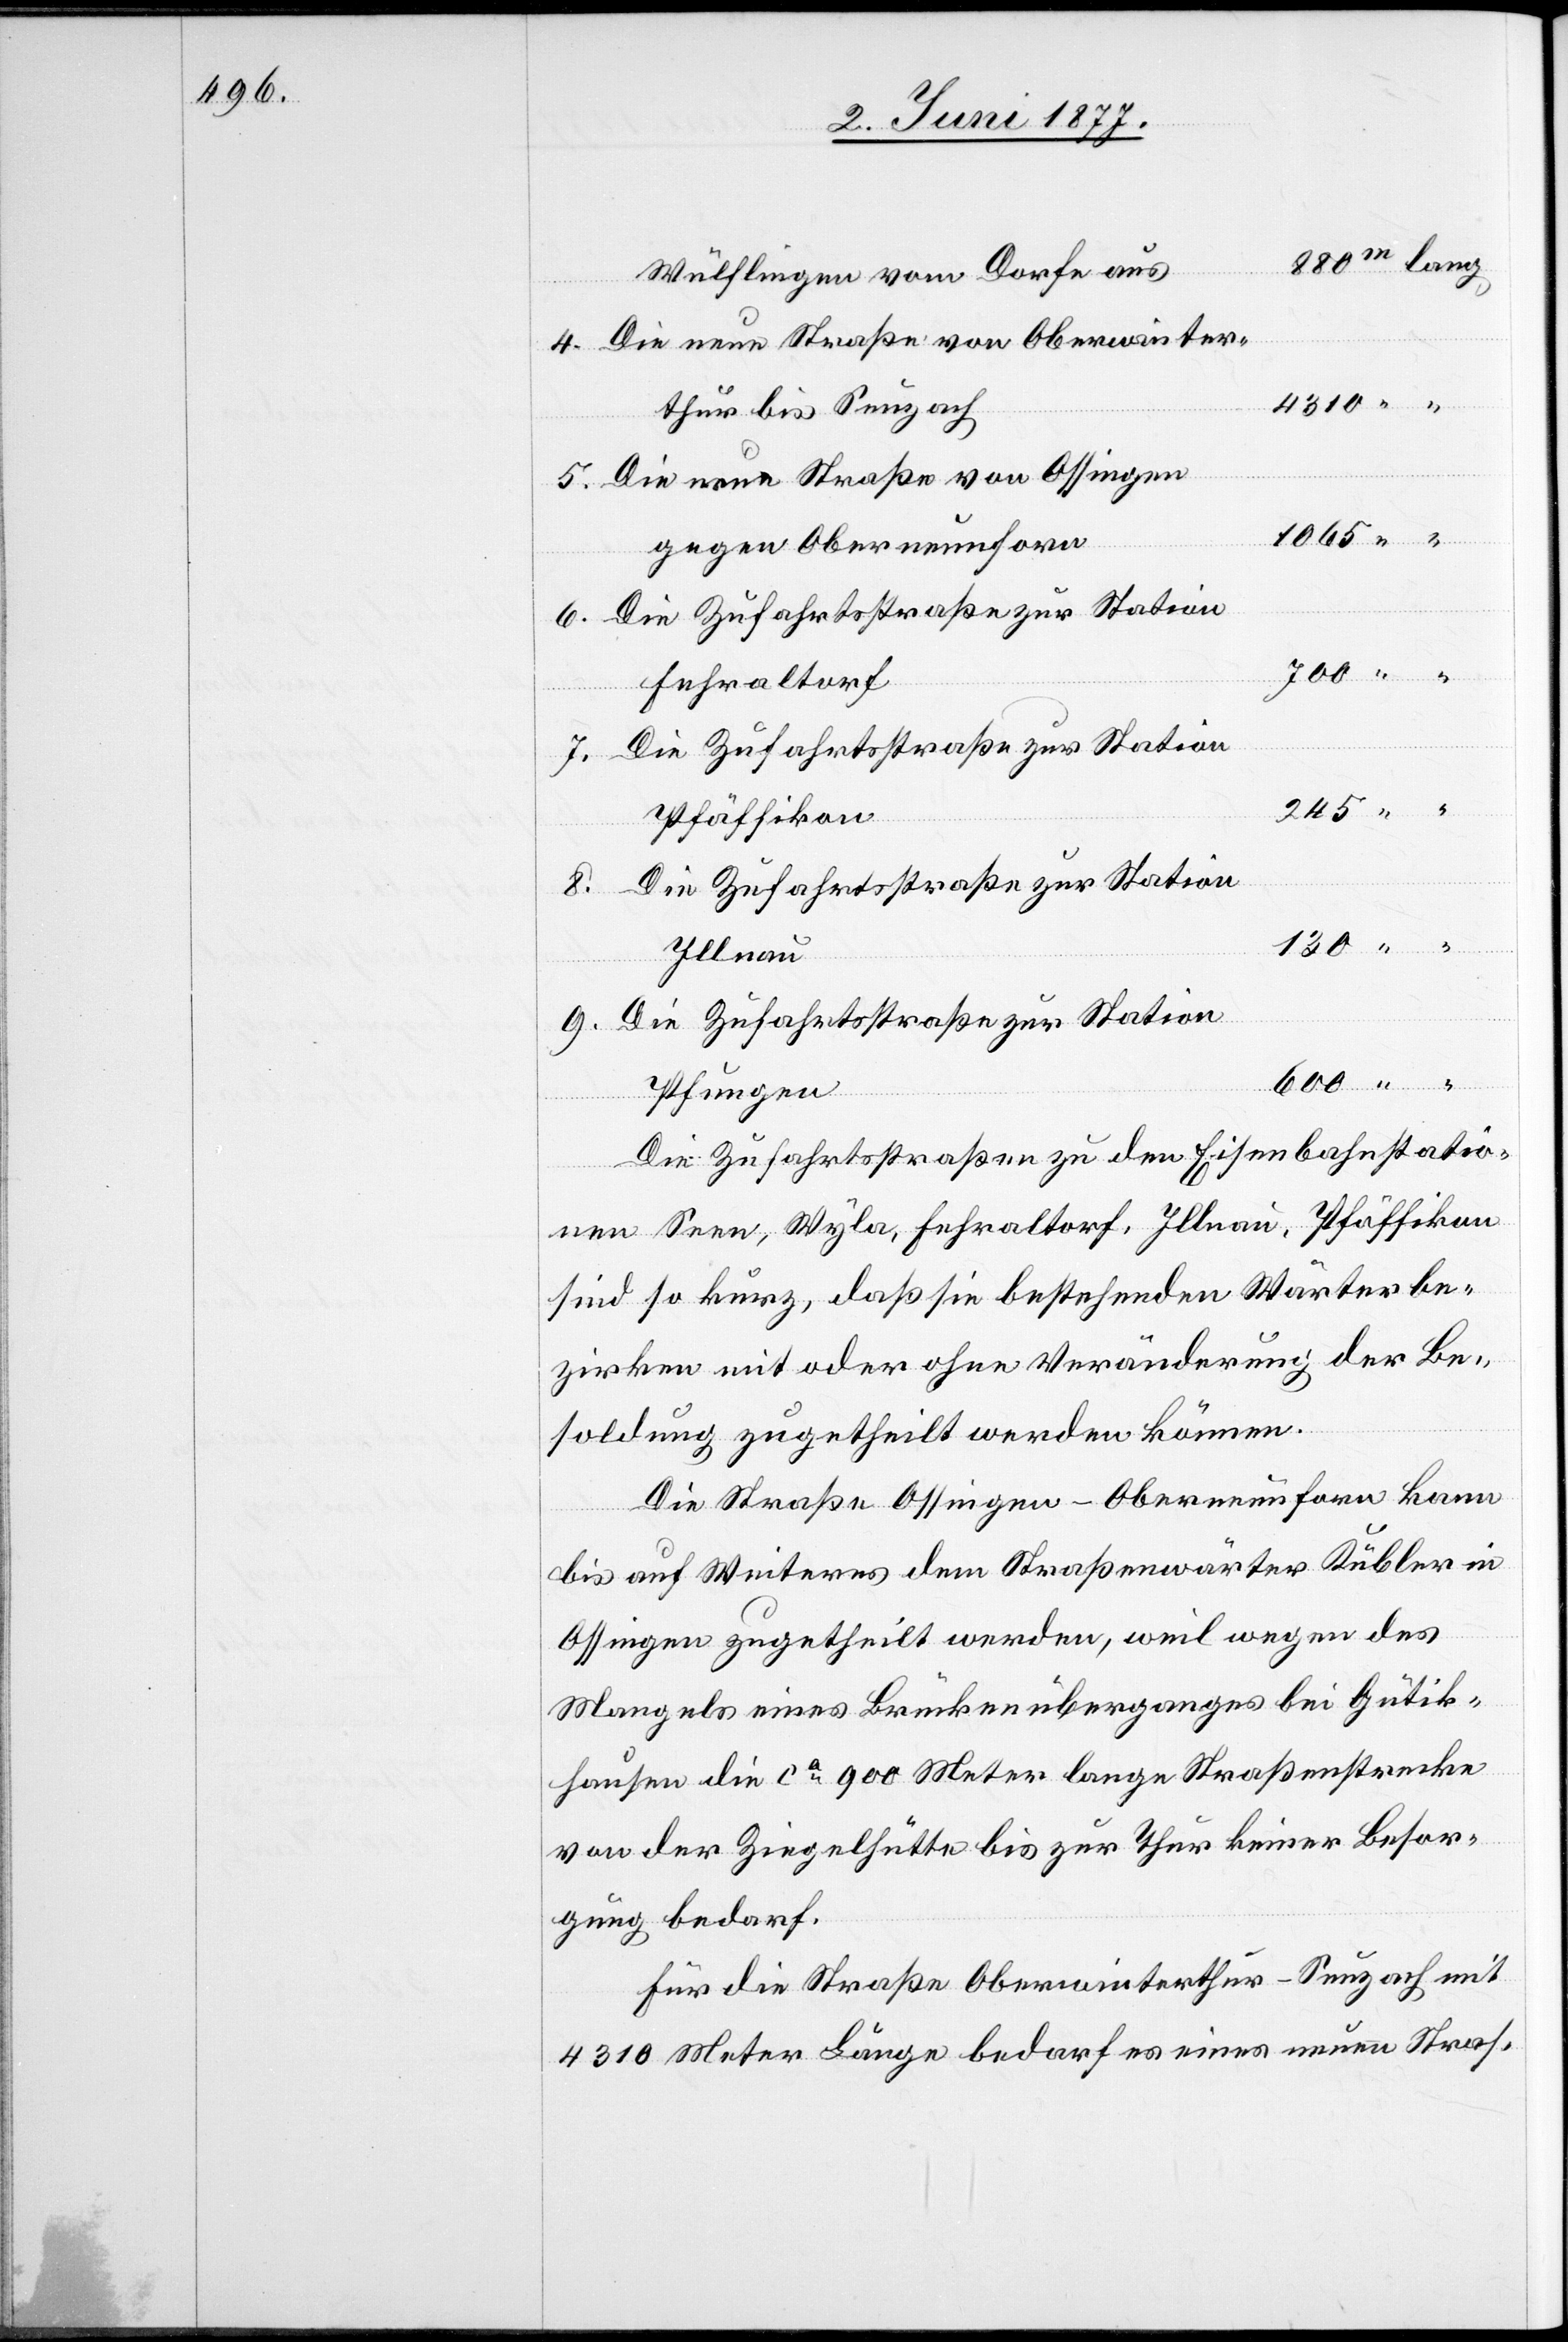
Wülflingen vom Dorfe aus
lang
Die neue Straße von Oberwinter¬
4310
thur bis Seuzach
Die neue Straße von Ossingen
gegen Oberneunforn
Fehraltorf
Pfäffikon
Die Zufahrtsstraße zur Station
9.
Illnau
Pfungen
Die Zufahrtsstraßen zu den Eisenbahnstatio¬
nen Seen, Wyla, Fehraltorf, Illnau, Pfäffikon
sind so kurz, daß sie bestehenden Wärterbe¬
zirken mit oder ohne Veränderung der Be¬
soldung zugetheilt werden können.
Die Straße Ossingen–Oberneunforn kann
bis auf Weiteres dem Straßenwärter Kübler in
Ossingen zugetheilt werden, weil wegen des
Mangels eines Brückenüberganges bei Gütik¬
hausen die ca 900 Meter lange Straßenstrecke
von der Ziegelhütte bis zur Thur keiner Besor¬
gung bedarf.
Für die Straße Oberwinterthur–Seuzach mit
4310 Meter Länge bedarf es eines neuen Stras-